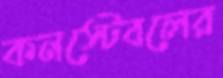
কনস্টেবলের